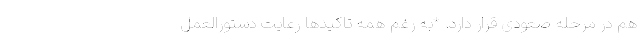
هم در مرحله صعودی قرار دارد. *به رغم همه تاکیدها رعایت دستورالعمل